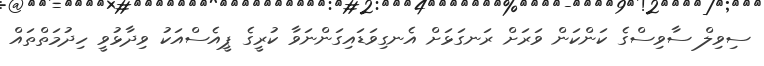
ސިވިލް ސާވިސްގެ ކަންކަން ވަރަށް ރަނގަޅަށް އެނގިވަޑައިގަންނަވާ ކުރީގެ ޕީއެސްއަކު ވިދާޅުވީ ހިދުމަތްތައް